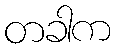
တခါက